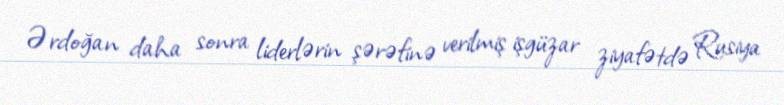
Ərdoğan daha sonra liderlərin şərəfinə verilmiş işgüzar ziyafətdə Rusiya